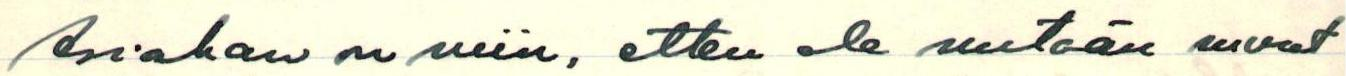
Asiahan on niin, etten ole mitään muut